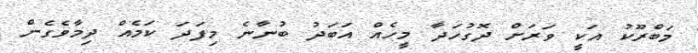
މަބްރޫކު އަކީ ވަރަށް ދޮގުހަދާ މީހެއް އަބަދު ބުނާނެ މިފަދަ ކަމެއް ދިމާވެގެން